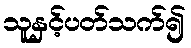
သူနှင့်ပတ်သက်၍